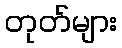
တုတ်များ